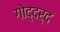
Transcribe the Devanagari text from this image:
गोद्दर्द